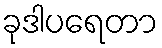
ခုဒါပရေတာ